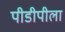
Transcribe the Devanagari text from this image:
पीडीपीला